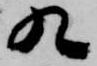
九